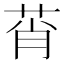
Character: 莦